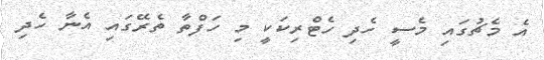
އެ މެޗުގައި މެސީ ހެދި ހެޓްރިކަކީ މި ހަފްތާ ތެރޭގައި އެނާ ހެދި